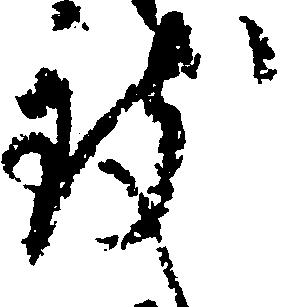
致